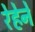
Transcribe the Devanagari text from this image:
रेहेने